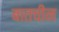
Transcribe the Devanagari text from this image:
बातचीन